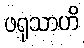
ဖရုသာဟိ